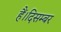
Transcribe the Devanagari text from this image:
हैं।दिसम्बर